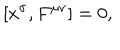
[ x ^ { \sigma } , F ^ { \mu \nu } ] = 0 ,